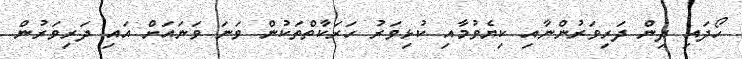
ހޯދައި ދިން ދަރިވަރުންނާއި ކިޔެވުމާއި ކުޅިވަރު ހަރަކާތްތަކުން ވަނަ ވަނައަށް އައި ދަރިވަރުން